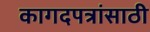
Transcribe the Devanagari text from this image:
कागदपत्रांसाठी